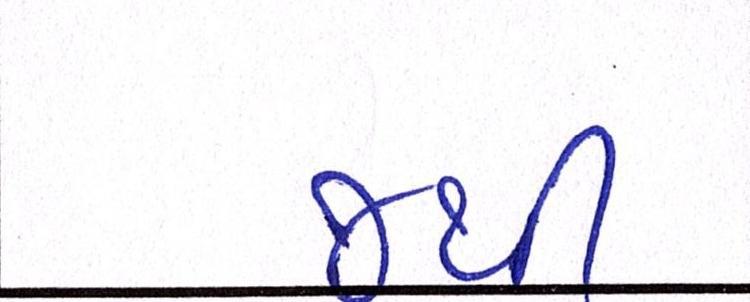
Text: જથી